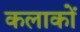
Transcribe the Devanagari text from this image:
कलाकों